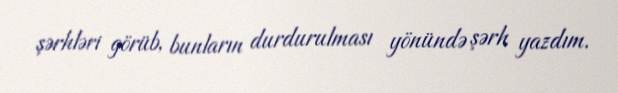
şərhləri görüb, bunların durdurulması yönündə şərh yazdım.